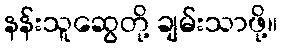
နန်းသူဆွေတို့ ချမ်းသာဖို့။